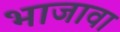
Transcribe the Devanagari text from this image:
भाजावा